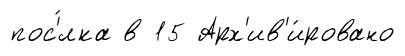
пос'́лка в 15 Арх'ив'и́ровано